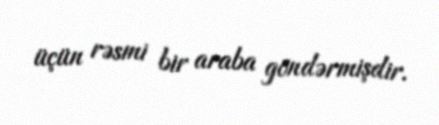
üçün rəsmi bir araba göndərmişdir.